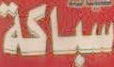
سباكة